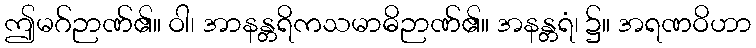
ဤမဂ်ဉာဏ်၏။ ဝါ၊ အာနန္တရိကသမာဓိဉာဏ်၏။ အနန္တရံ၊ ၌။ အရဏဝိဟာ